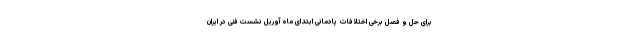
برای حل و فصل برخی اختلافات پادمانی ابتدای ماه آوریل نشست فنی در ایران